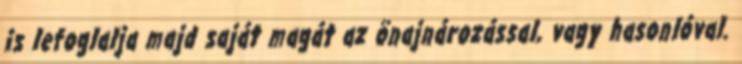
is lefoglalja majd saját magát az önajnározással, vagy hasonlóval.